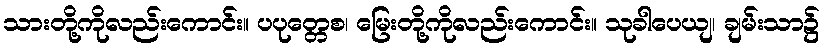
သားတို့ကိုလည်းကောင်း။ ပပုတ္တေစ၊ မြေးတို့ကိုလည်းကောင်း။ သုခါပေယျ၊ ချမ်းသာ၌